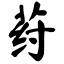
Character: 荮